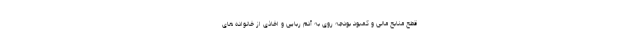
قطع منابع مالی و کمبود بودجه روی به آدم ربایی و اخاذی از خانواده های